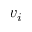
v _ { i }